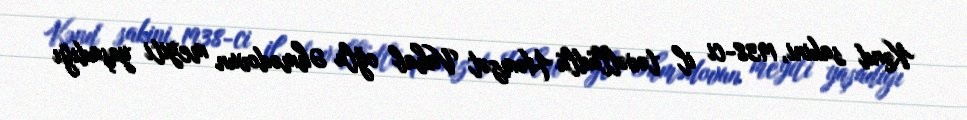
Kənd sakini, 1938-ci il təvəllüdlü Həmzət Vahab oğlu Əhmədovun meyiti yaşadığı